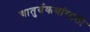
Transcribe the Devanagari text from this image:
चातुर्यकथांसाठी